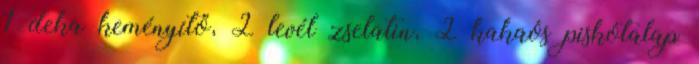
1 deka keményítő, 2 levél zselatin, 2 kakaós piskótalap